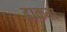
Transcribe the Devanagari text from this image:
डाकता